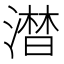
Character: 澘